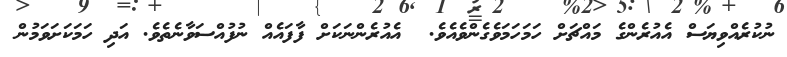
ނުކުރެއްވިޔަސް އެއުރެންގެ މައްޗަށް ހަމަހަމަވެގެންވެއެވެ.  އެއުރެންނަކަށް ފާފައެއް ނުފުއްސަވާނެތެވެ. އަދި ހަމަކަށަވަމުން